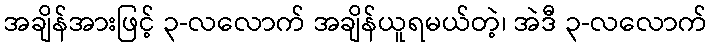
အချိန်အားဖြင့် ၃-လလောက် အချိန်ယူရမယ်တဲ့၊ အဲဒီ ၃-လလောက်